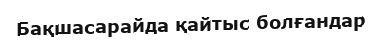
Бақшасарайда қайтыс болғандар